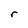
Character: r